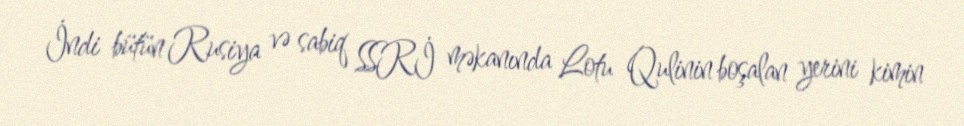
İndi bütün Rusiya və sabiq SSRİ məkanında Lotu Qulinin boşalan yerini kimin